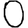
Digit: 0